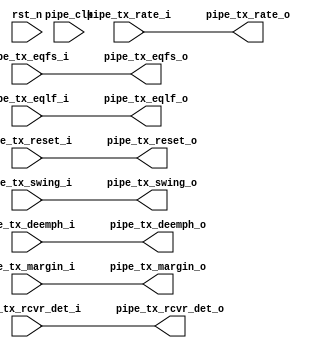
//-----------------------------------------------------------------------------
//
// (c) Copyright 2012-2012 Xilinx, Inc. All rights reserved.
//
// This file contains confidential and proprietary information
// of Xilinx, Inc. and is protected under U.S. and
// international copyright and other intellectual property
// laws.
//
// DISCLAIMER
// This disclaimer is not a license and does not grant any
// rights to the materials distributed herewith. Except as
// otherwise provided in a valid license issued to you by
// Xilinx, and to the maximum extent permitted by applicable
// law: (1) THESE MATERIALS ARE MADE AVAILABLE "AS IS" AND
// WITH ALL FAULTS, AND XILINX HEREBY DISCLAIMS ALL WARRANTIES
// AND CONDITIONS, EXPRESS, IMPLIED, OR STATUTORY, INCLUDING
// BUT NOT LIMITED TO WARRANTIES OF MERCHANTABILITY, NON-
// INFRINGEMENT, OR FITNESS FOR ANY PARTICULAR PURPOSE; and
// (2) Xilinx shall not be liable (whether in contract or tort,
// including negligence, or under any other theory of
// liability) for any loss or damage of any kind or nature
// related to, arising under or in connection with these
// materials, including for any direct, or any indirect,
// special, incidental, or consequential loss or damage
// (including loss of data, profits, goodwill, or any type of
// loss or damage suffered as a result of any action brought
// by a third party) even if such damage or loss was
// reasonably foreseeable or Xilinx had been advised of the
// possibility of the same.
//
// CRITICAL APPLICATIONS
// Xilinx products are not designed or intended to be fail-
// safe, or for use in any application requiring fail-safe
// performance, such as life-support or safety devices or
// systems, Class III medical devices, nuclear facilities,
// applications related to the deployment of airbags, or any
// other applications that could lead to death, personal
// injury, or severe property or environmental damage
// (individually and collectively, "Critical
// Applications"). Customer assumes the sole risk and
// liability of any use of Xilinx products in Critical
// Applications, subject only to applicable laws and
// regulations governing limitations on product liability.
//
// THIS COPYRIGHT NOTICE AND DISCLAIMER MUST BE RETAINED AS
// PART OF THIS FILE AT ALL TIMES.
//
//-----------------------------------------------------------------------------
//
// Project    : Ultrascale FPGA Gen3 Integrated Block for PCI Express
// Version    : 4.2 
//-----------------------------------------------------------------------------

/////////////////////////////////////////////////////////////////////////////

`timescale 1ps/1ps

(* DowngradeIPIdentifiedWarnings = "yes" *)
module PCIe_AXI_BRIDGE_BRAM_HWICAP_bd_axi_pcie3_0_0_pcie3_ip_pipe_misc 
 #(
  parameter TCQ = 100,
  parameter PIPE_PIPELINE_STAGES = 0
  ) (
  input  wire         pipe_tx_rcvr_det_i,
  input  wire         pipe_tx_reset_i,
  input  wire   [1:0] pipe_tx_rate_i,
  input  wire         pipe_tx_deemph_i,
  input  wire   [2:0] pipe_tx_margin_i,
  input  wire         pipe_tx_swing_i,
  input  wire   [5:0] pipe_tx_eqfs_i,
  input  wire   [5:0] pipe_tx_eqlf_i,
  output wire         pipe_tx_rcvr_det_o,
  output wire         pipe_tx_reset_o,
  output wire   [1:0] pipe_tx_rate_o,
  output wire         pipe_tx_deemph_o,
  output wire   [2:0] pipe_tx_margin_o,
  output wire         pipe_tx_swing_o,
  output wire   [5:0] pipe_tx_eqfs_o,
  output wire   [5:0] pipe_tx_eqlf_o,
  input  wire         pipe_clk,
  input  wire         rst_n
  );

  reg                 pipe_tx_rcvr_det_q;
  reg                 pipe_tx_reset_q;
  reg           [1:0] pipe_tx_rate_q;
  reg                 pipe_tx_deemph_q;
  reg           [2:0] pipe_tx_margin_q;
  reg                 pipe_tx_swing_q;
  reg           [5:0] pipe_tx_eqfs_q;
  reg           [5:0] pipe_tx_eqlf_q;
  reg                 pipe_tx_rcvr_det_qq;
  reg                 pipe_tx_reset_qq;
  reg           [1:0] pipe_tx_rate_qq;
  reg                 pipe_tx_deemph_qq;
  reg           [2:0] pipe_tx_margin_qq;
  reg                 pipe_tx_swing_qq;
  reg           [5:0] pipe_tx_eqfs_qq;
  reg           [5:0] pipe_tx_eqlf_qq;

  generate
    if (PIPE_PIPELINE_STAGES == 0)
    begin : pipe_stages_0
      assign pipe_tx_rcvr_det_o = pipe_tx_rcvr_det_i;
      assign pipe_tx_reset_o = pipe_tx_reset_i;
      assign pipe_tx_rate_o = pipe_tx_rate_i;
      assign pipe_tx_deemph_o = pipe_tx_deemph_i;
      assign pipe_tx_margin_o = pipe_tx_margin_i;
      assign pipe_tx_swing_o = pipe_tx_swing_i;
      assign pipe_tx_eqfs_o = pipe_tx_eqfs_i;
      assign pipe_tx_eqlf_o = pipe_tx_eqlf_i;
    end
    else if (PIPE_PIPELINE_STAGES == 1)
    begin : pipe_stages_1
      always @(posedge pipe_clk)
      begin
        if (!rst_n)
        begin
          pipe_tx_rcvr_det_q <= #TCQ 1'b0;
          pipe_tx_reset_q <= #TCQ 1'b1;
          pipe_tx_rate_q <= #TCQ 2'b0;
          pipe_tx_deemph_q <= #TCQ 1'b1;
          pipe_tx_margin_q <= #TCQ 3'b0;
          pipe_tx_swing_q <= #TCQ 1'b0;
          pipe_tx_eqfs_q <= #TCQ 5'b0;
          pipe_tx_eqlf_q <= #TCQ 5'b0;
        end
        else
        begin
          pipe_tx_rcvr_det_q <= #TCQ pipe_tx_rcvr_det_i;
          pipe_tx_reset_q <= #TCQ pipe_tx_reset_i;
          pipe_tx_rate_q <= #TCQ pipe_tx_rate_i;
          pipe_tx_deemph_q <= #TCQ pipe_tx_deemph_i;
          pipe_tx_margin_q <= #TCQ pipe_tx_margin_i;
          pipe_tx_swing_q <= #TCQ pipe_tx_swing_i;
          pipe_tx_eqfs_q <= #TCQ pipe_tx_eqfs_i;
          pipe_tx_eqlf_q <= #TCQ pipe_tx_eqlf_i;
        end
      end
      assign pipe_tx_rcvr_det_o = pipe_tx_rcvr_det_q;
      assign pipe_tx_reset_o = pipe_tx_reset_q;
      assign pipe_tx_rate_o = pipe_tx_rate_q;
      assign pipe_tx_deemph_o = pipe_tx_deemph_q;
      assign pipe_tx_margin_o = pipe_tx_margin_q;
      assign pipe_tx_swing_o = pipe_tx_swing_q;
      assign pipe_tx_eqfs_o = pipe_tx_eqfs_q;
      assign pipe_tx_eqlf_o = pipe_tx_eqlf_q;
    end
    else if (PIPE_PIPELINE_STAGES == 2)
    begin : pipe_stages_2
      always @(posedge pipe_clk)
      begin
        if (!rst_n)
        begin
          pipe_tx_rcvr_det_q <= #TCQ 1'b0;
          pipe_tx_reset_q <= #TCQ 1'b1;
          pipe_tx_rate_q <= #TCQ 2'b0;
          pipe_tx_deemph_q <= #TCQ 1'b1;
          pipe_tx_margin_q <= #TCQ 1'b0;
          pipe_tx_swing_q <= #TCQ 1'b0;
          pipe_tx_eqfs_q <= #TCQ 5'b0;
          pipe_tx_eqlf_q <= #TCQ 5'b0;
          pipe_tx_rcvr_det_qq <= #TCQ 1'b0;
          pipe_tx_reset_qq <= #TCQ 1'b1;
          pipe_tx_rate_qq <= #TCQ 2'b0;
          pipe_tx_deemph_qq <= #TCQ 1'b1;
          pipe_tx_margin_qq <= #TCQ 1'b0;
          pipe_tx_swing_qq <= #TCQ 1'b0;
          pipe_tx_eqfs_qq <= #TCQ 5'b0;
          pipe_tx_eqlf_qq <= #TCQ 5'b0;
        end
        else
        begin
          pipe_tx_rcvr_det_q <= #TCQ pipe_tx_rcvr_det_i;
          pipe_tx_reset_q <= #TCQ pipe_tx_reset_i;
          pipe_tx_rate_q <= #TCQ pipe_tx_rate_i;
          pipe_tx_deemph_q <= #TCQ pipe_tx_deemph_i;
          pipe_tx_margin_q <= #TCQ pipe_tx_margin_i;
          pipe_tx_swing_q <= #TCQ pipe_tx_swing_i;
          pipe_tx_eqfs_q <= #TCQ pipe_tx_eqfs_i;
          pipe_tx_eqlf_q <= #TCQ pipe_tx_eqlf_i;
          pipe_tx_rcvr_det_qq <= #TCQ pipe_tx_rcvr_det_q;
          pipe_tx_reset_qq <= #TCQ pipe_tx_reset_q;
          pipe_tx_rate_qq <= #TCQ pipe_tx_rate_q;
          pipe_tx_deemph_qq <= #TCQ pipe_tx_deemph_q;
          pipe_tx_margin_qq <= #TCQ pipe_tx_margin_q;
          pipe_tx_swing_qq <= #TCQ pipe_tx_swing_q;
          pipe_tx_eqfs_qq <= #TCQ pipe_tx_eqfs_q;
          pipe_tx_eqlf_qq <= #TCQ pipe_tx_eqlf_q;
        end
      end
      assign pipe_tx_rcvr_det_o = pipe_tx_rcvr_det_qq;
      assign pipe_tx_reset_o = pipe_tx_reset_qq;
      assign pipe_tx_rate_o = pipe_tx_rate_qq;
      assign pipe_tx_deemph_o = pipe_tx_deemph_qq;
      assign pipe_tx_margin_o = pipe_tx_margin_qq;
      assign pipe_tx_swing_o = pipe_tx_swing_qq;
      assign pipe_tx_eqfs_o = pipe_tx_eqfs_qq;
      assign pipe_tx_eqlf_o = pipe_tx_eqlf_qq;
    end
    else
    begin
      assign pipe_tx_rcvr_det_o = pipe_tx_rcvr_det_i;
      assign pipe_tx_reset_o = pipe_tx_reset_i;
      assign pipe_tx_rate_o = pipe_tx_rate_i;
      assign pipe_tx_deemph_o = pipe_tx_deemph_i;
      assign pipe_tx_margin_o = pipe_tx_margin_i;
      assign pipe_tx_swing_o = pipe_tx_swing_i;
      assign pipe_tx_eqfs_o = pipe_tx_eqfs_i;
      assign pipe_tx_eqlf_o = pipe_tx_eqlf_i;
    end
  endgenerate

endmodule